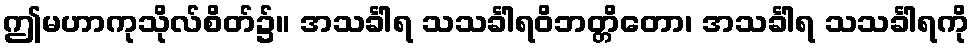
ဤမဟာကုသိုလ်စိတ်၌။ အသင်္ခါရ သသင်္ခါရဝိဘတ္တိတော၊ အသင်္ခါရ သသင်္ခါရကို